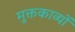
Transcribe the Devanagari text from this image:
मुक्तकाव्यों